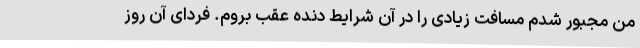
من مجبور شدم مسافت زیادی را در آن شرایط دنده عقب بروم. فردای آن روز